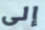
إلى